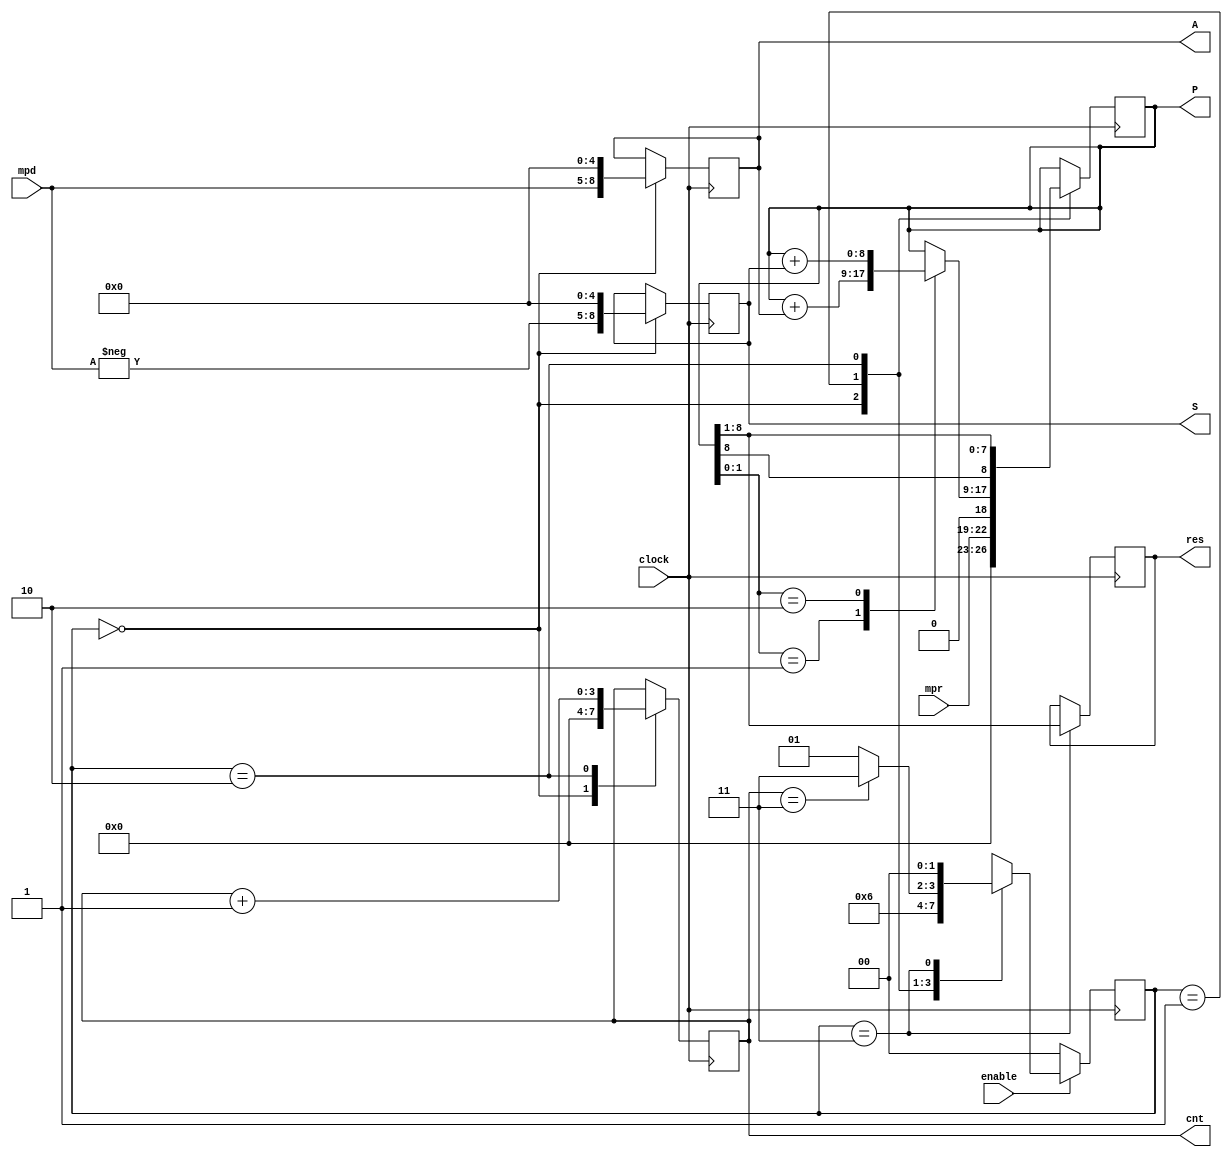
module algoritm_booth
#(	parameter WIDTH = 4 )
(
	input enable,
	input clock,
	input [WIDTH - 1 : 0] mpd, //MultiPlicanD
	input [WIDTH - 1 : 0] mpr, //MultiPlieR
	output reg [ (2 * WIDTH) - 1 : 0] res,
	output reg [WIDTH - 1 : 0] cnt,
	output reg [2 * WIDTH  : 0] A,
	output reg [2 * WIDTH  : 0] S,
	output reg [2 * WIDTH  : 0] P
);

	parameter START = 2'b00;
	parameter RUN = 2'b01;
	parameter SHIFT = 2'b10;
	parameter RESULT = 2'b11;
	
	reg [1:0] state_current;
	reg [1:0] state_next;
	
	//reg [WIDTH - 1 : 0] cnt;
	//reg [2 * WIDTH  : 0] A;
	//reg [2 * WIDTH  : 0] S;
	//reg [2 * WIDTH  : 0] P;
	
	wire [WIDTH - 1 : 0] mpd_neg;
	
	always @ ( posedge clock ) begin
		if( !enable ) begin
			state_current <= START;
		end
		else begin
			state_current <= state_next;
		end
	end
	
	always @ ( * ) begin
		case( state_current )
			START: begin
				if (enable) begin
					state_next = RUN;
				end
				else begin
					state_next = START;
				end
				
			end
			
			RUN: begin
				state_next = SHIFT;
			end
			
			SHIFT: begin
				if( cnt ==  (WIDTH - 1) ) begin
					state_next = RESULT;
				end	
				else begin
					state_next = RUN;
				end
			end
			
			RESULT: begin
				state_next = START;
			end
			
		endcase
	end
	
	assign mpd_neg = -mpd;
	
	always @ ( posedge clock ) begin
		
		case( state_current )
		
			START: begin
				A <= { mpd, { (WIDTH + 1){1'b0} } };
				S <= { mpd_neg, { (WIDTH+1){1'b0} } };
				P <= { { (WIDTH){1'b0} }, mpr, 1'b0};
				cnt  <= 1'b0;
			end
			
			RUN: begin
				case(P[1:0])
					2'b01: begin
						P <= P + A;
					end
					
					2'b10: begin
						P <= P + S;	
					end
				endcase
			end
			
			SHIFT: begin
				P <= {P[2 * WIDTH], P[2 * WIDTH : 1]};
				cnt <= cnt + 1'b1;
			end
			
			RESULT: begin
				res <= P[(2 * WIDTH) : 1];
			end
			
		endcase
		
	end
		
endmodule